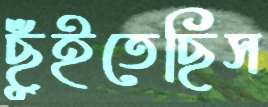
ছুঁইতেছিস